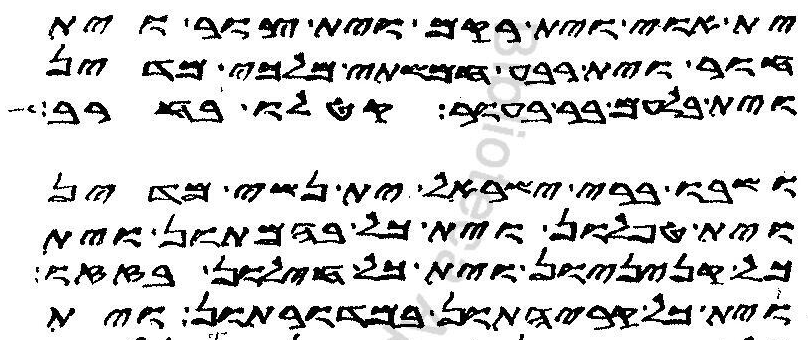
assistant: ית אוי וית רקם וית צור וית
חור וית רבע חמשתי מלכי מדין
וית בלעם בר בעור קטלו בחרב
ושבו ברי ישראל ית נשי מדין
וית טפלון וית כל בהמתון וית
כל קניניון וית כל חילון בזזו
וית כל קריהתון במדורתון וית